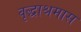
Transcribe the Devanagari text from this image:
वृद्धाश्रमास